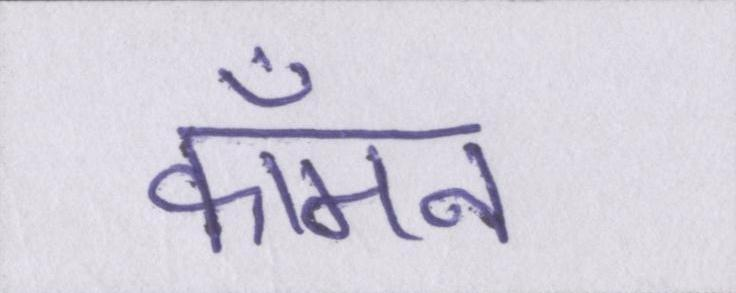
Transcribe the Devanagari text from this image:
कॉमन